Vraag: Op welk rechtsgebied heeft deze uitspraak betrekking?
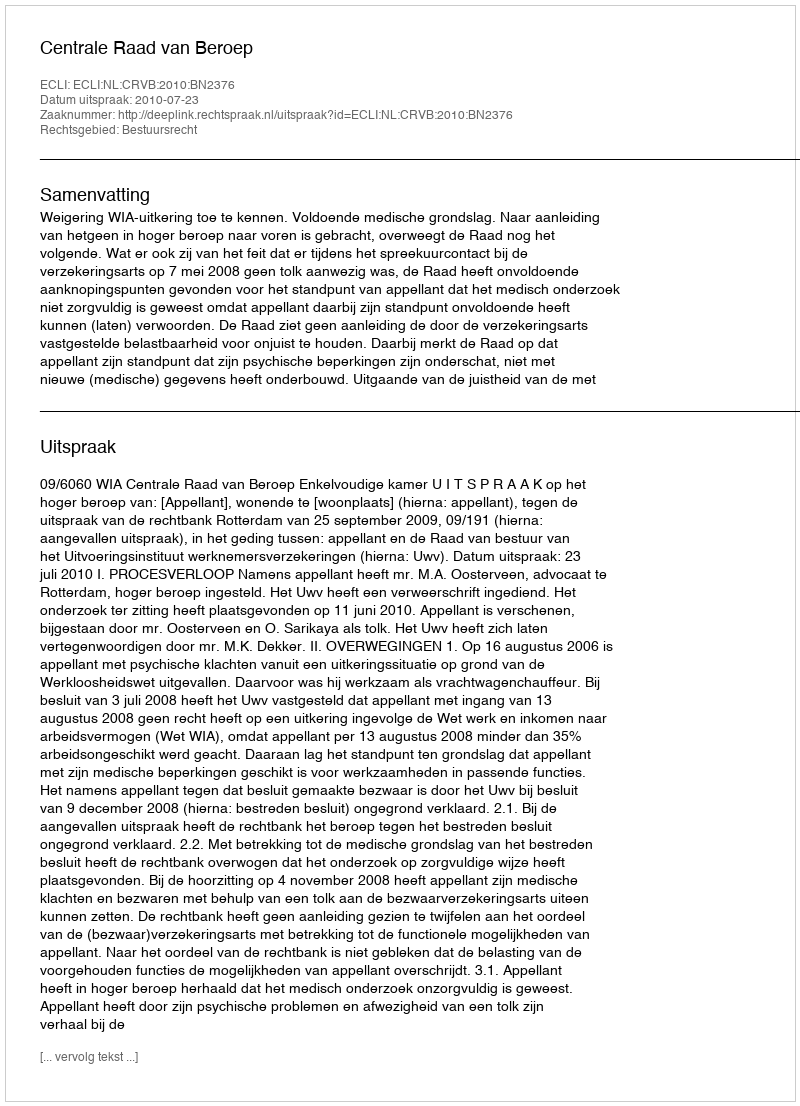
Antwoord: Bestuursrecht